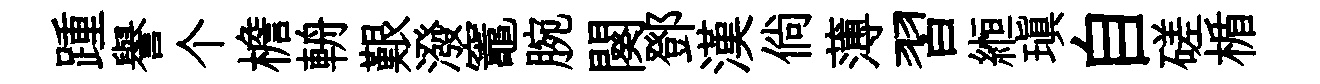
踵譽个檐輈艱潑竈腕闋鄧漢倘薄習縆瑱自磋楯